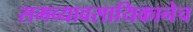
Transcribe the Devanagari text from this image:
समव्यावसायिकानेच